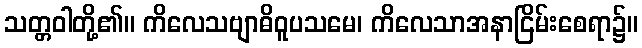
သတ္တဝါတို့၏။ ကိလေသဗျာဓိဝူပသမေ၊ ကိလေသာအနာငြိမ်းစေရာ၌။